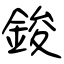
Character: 鋑